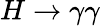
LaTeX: H\rightarrow\gamma\gamma